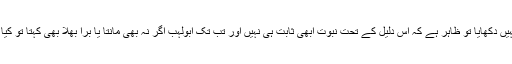
اگر معجزہ دلیل تھا تو محمد صلعم نے جب تک ایسا کوئی کام نہیں دکھایا تو ظاہر ہے کہ اس دلیل کے تحت نبوت ابھی ثابت ہی نہیں اور تب تک ابولہب اگر نہ بھی مانتا یا بُرا بھلا بھی کہتا تو کیا قصور تھا کہ نام لے لے کر قرآن میں اسے کوسنے دئے گئے؟